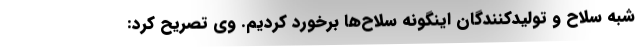
شبه سلاح و تولیدکنندگان اینگونه سلاح‌ها برخورد کردیم. وی تصریح کرد: